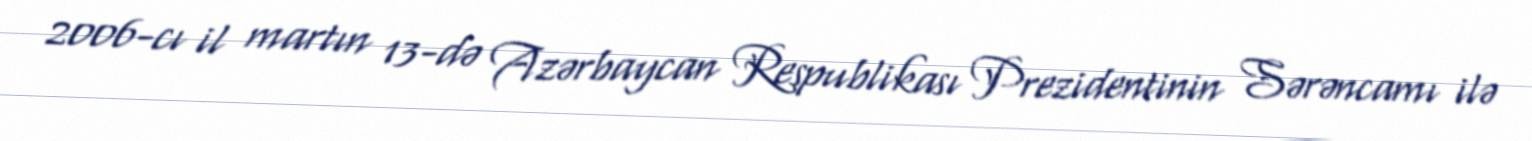
2006-cı il martın 13-də Azərbaycan Respublikası Prezidentinin Sərəncamı ilə